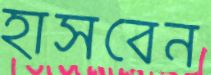
হাসবেন